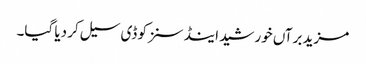
مزید برآں خورشید اینڈ سنزکو ڈی سیل کر دیا گیا۔